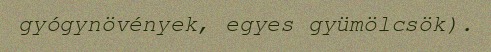
gyógynövények, egyes gyümölcsök).